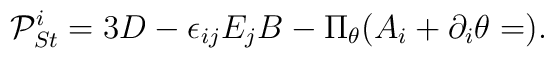
{\cal P}_{St}^i=3D-\epsilon _{ij}E_jB-\Pi _\theta (A_i+\partial _i\theta =).